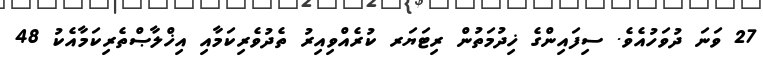
27 ވަނަ ދުވަހުއެވެ. ސިފައިންގެ ޚިދުމަތުން ރިޓަޔަރ ކުރެއްވިއިރު ތެދުވެރިކަމާއި އިޚްލާޞްތެރިކަމާއެކު 48